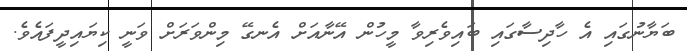
ބަޔާނުގައި އެ ހާދިސާގައި ބައިވެރިވާ މީހުން އޭނާއަށް އެނގޭ މިންވަރަށް ވަނީ ކިޔައިދީފައެވެ.